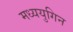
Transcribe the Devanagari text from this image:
मध्ययुगिन